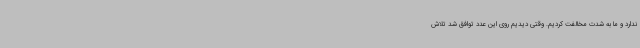
ندارد و ما به شدت مخالفت کردیم. وقتی دیدیم روی این عدد توافق شد تلاش